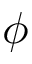
\phi